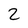
Character: 2